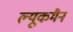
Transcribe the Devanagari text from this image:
ल्यूकमैन